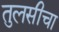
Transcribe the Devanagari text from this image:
तुलसीचा